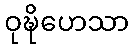
ဝုဍ္ဎိဟေသာ